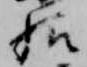
給